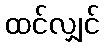
ထင်လျှင်